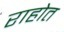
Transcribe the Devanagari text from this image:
राहोत